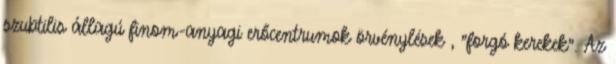
szubtilis állagú finom-anyagi erőcentrumok örvénylések , "forgó kerekek". Az